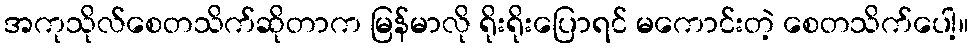
အကုသိုလ်စေတသိက်ဆိုတာက မြန်မာလို ရိုးရိုးပြောရင် မကောင်းတဲ့ စေတသိက်ပေါ့။